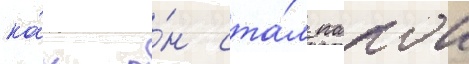
ка́к о́н ста́л папои